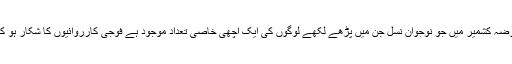
کیوں کہ حالیہ چند ماہ کے دوران مقبوضہ کشمیر میں جو نوجوان نسل جن میں پڑھے لکھے لوگوں کی ایک اچھی خاصی تعداد موجود ہے فوجی کارروائیوں کا شکار ہو کر اپنی جان کی قربانی دے چکے ہیں۔